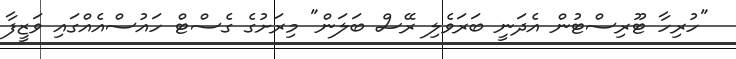
"ހުރިހާ ޓޫރިސްޓުން އެދަނީ ބަރަވެލި ރޭސް ބަލަން" މިރަށުގެ ގެސްޓް ހައުސްއެއްގައި ވަޒީފާ